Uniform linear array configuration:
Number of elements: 64
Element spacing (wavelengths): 0.5
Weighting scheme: binomial
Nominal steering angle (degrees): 15
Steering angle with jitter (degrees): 13.153
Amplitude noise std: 0.05
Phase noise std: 0.05

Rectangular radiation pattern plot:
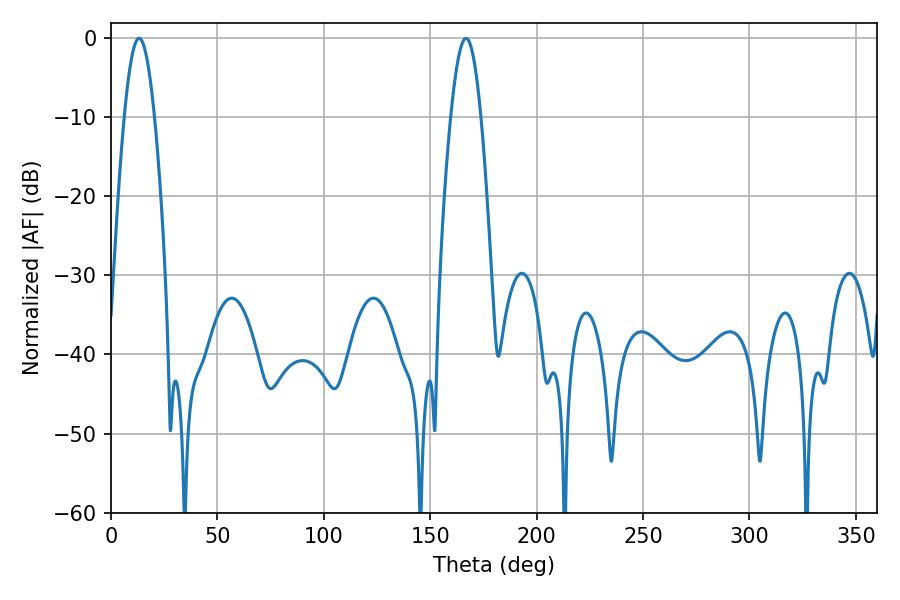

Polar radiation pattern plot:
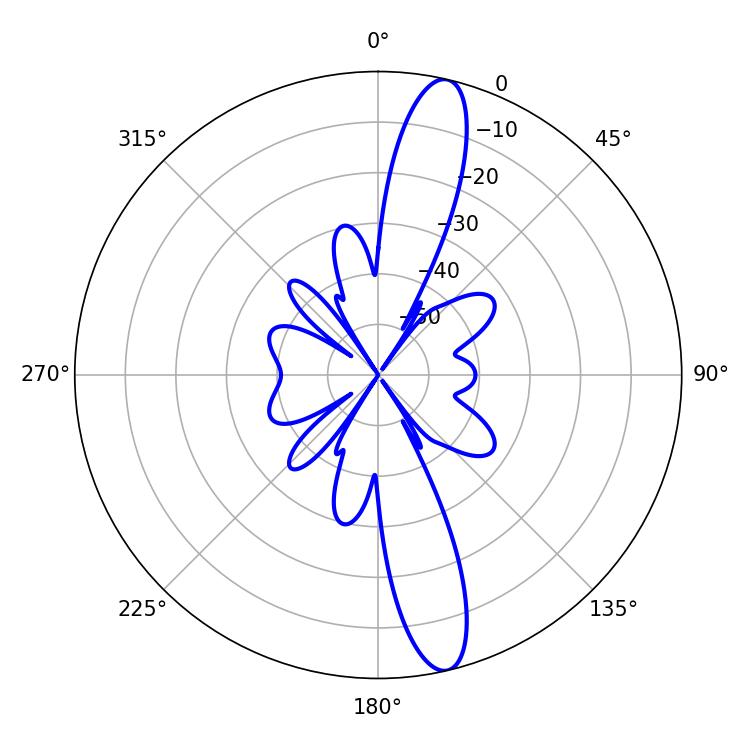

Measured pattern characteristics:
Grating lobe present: FALSE
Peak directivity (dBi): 14.777
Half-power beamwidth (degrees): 7.74
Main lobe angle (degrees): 13.14